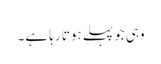
وہی جوپہلے ہوتا رہا ہے۔